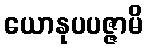
ယောနုပပဇ္ဇာမိ